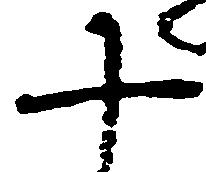
十